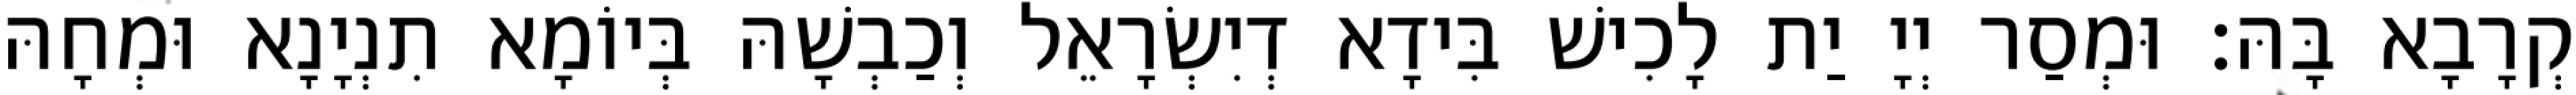
קְרָבָא בָּהּ׃ וּמְסַר יְיָ יַת לָכִישׁ בִּידָא דְיִשְׂרָאֵל וְכַבְשָׁהּ בְּיוֹמָא תִנְיָנָא וּמְחָהּ